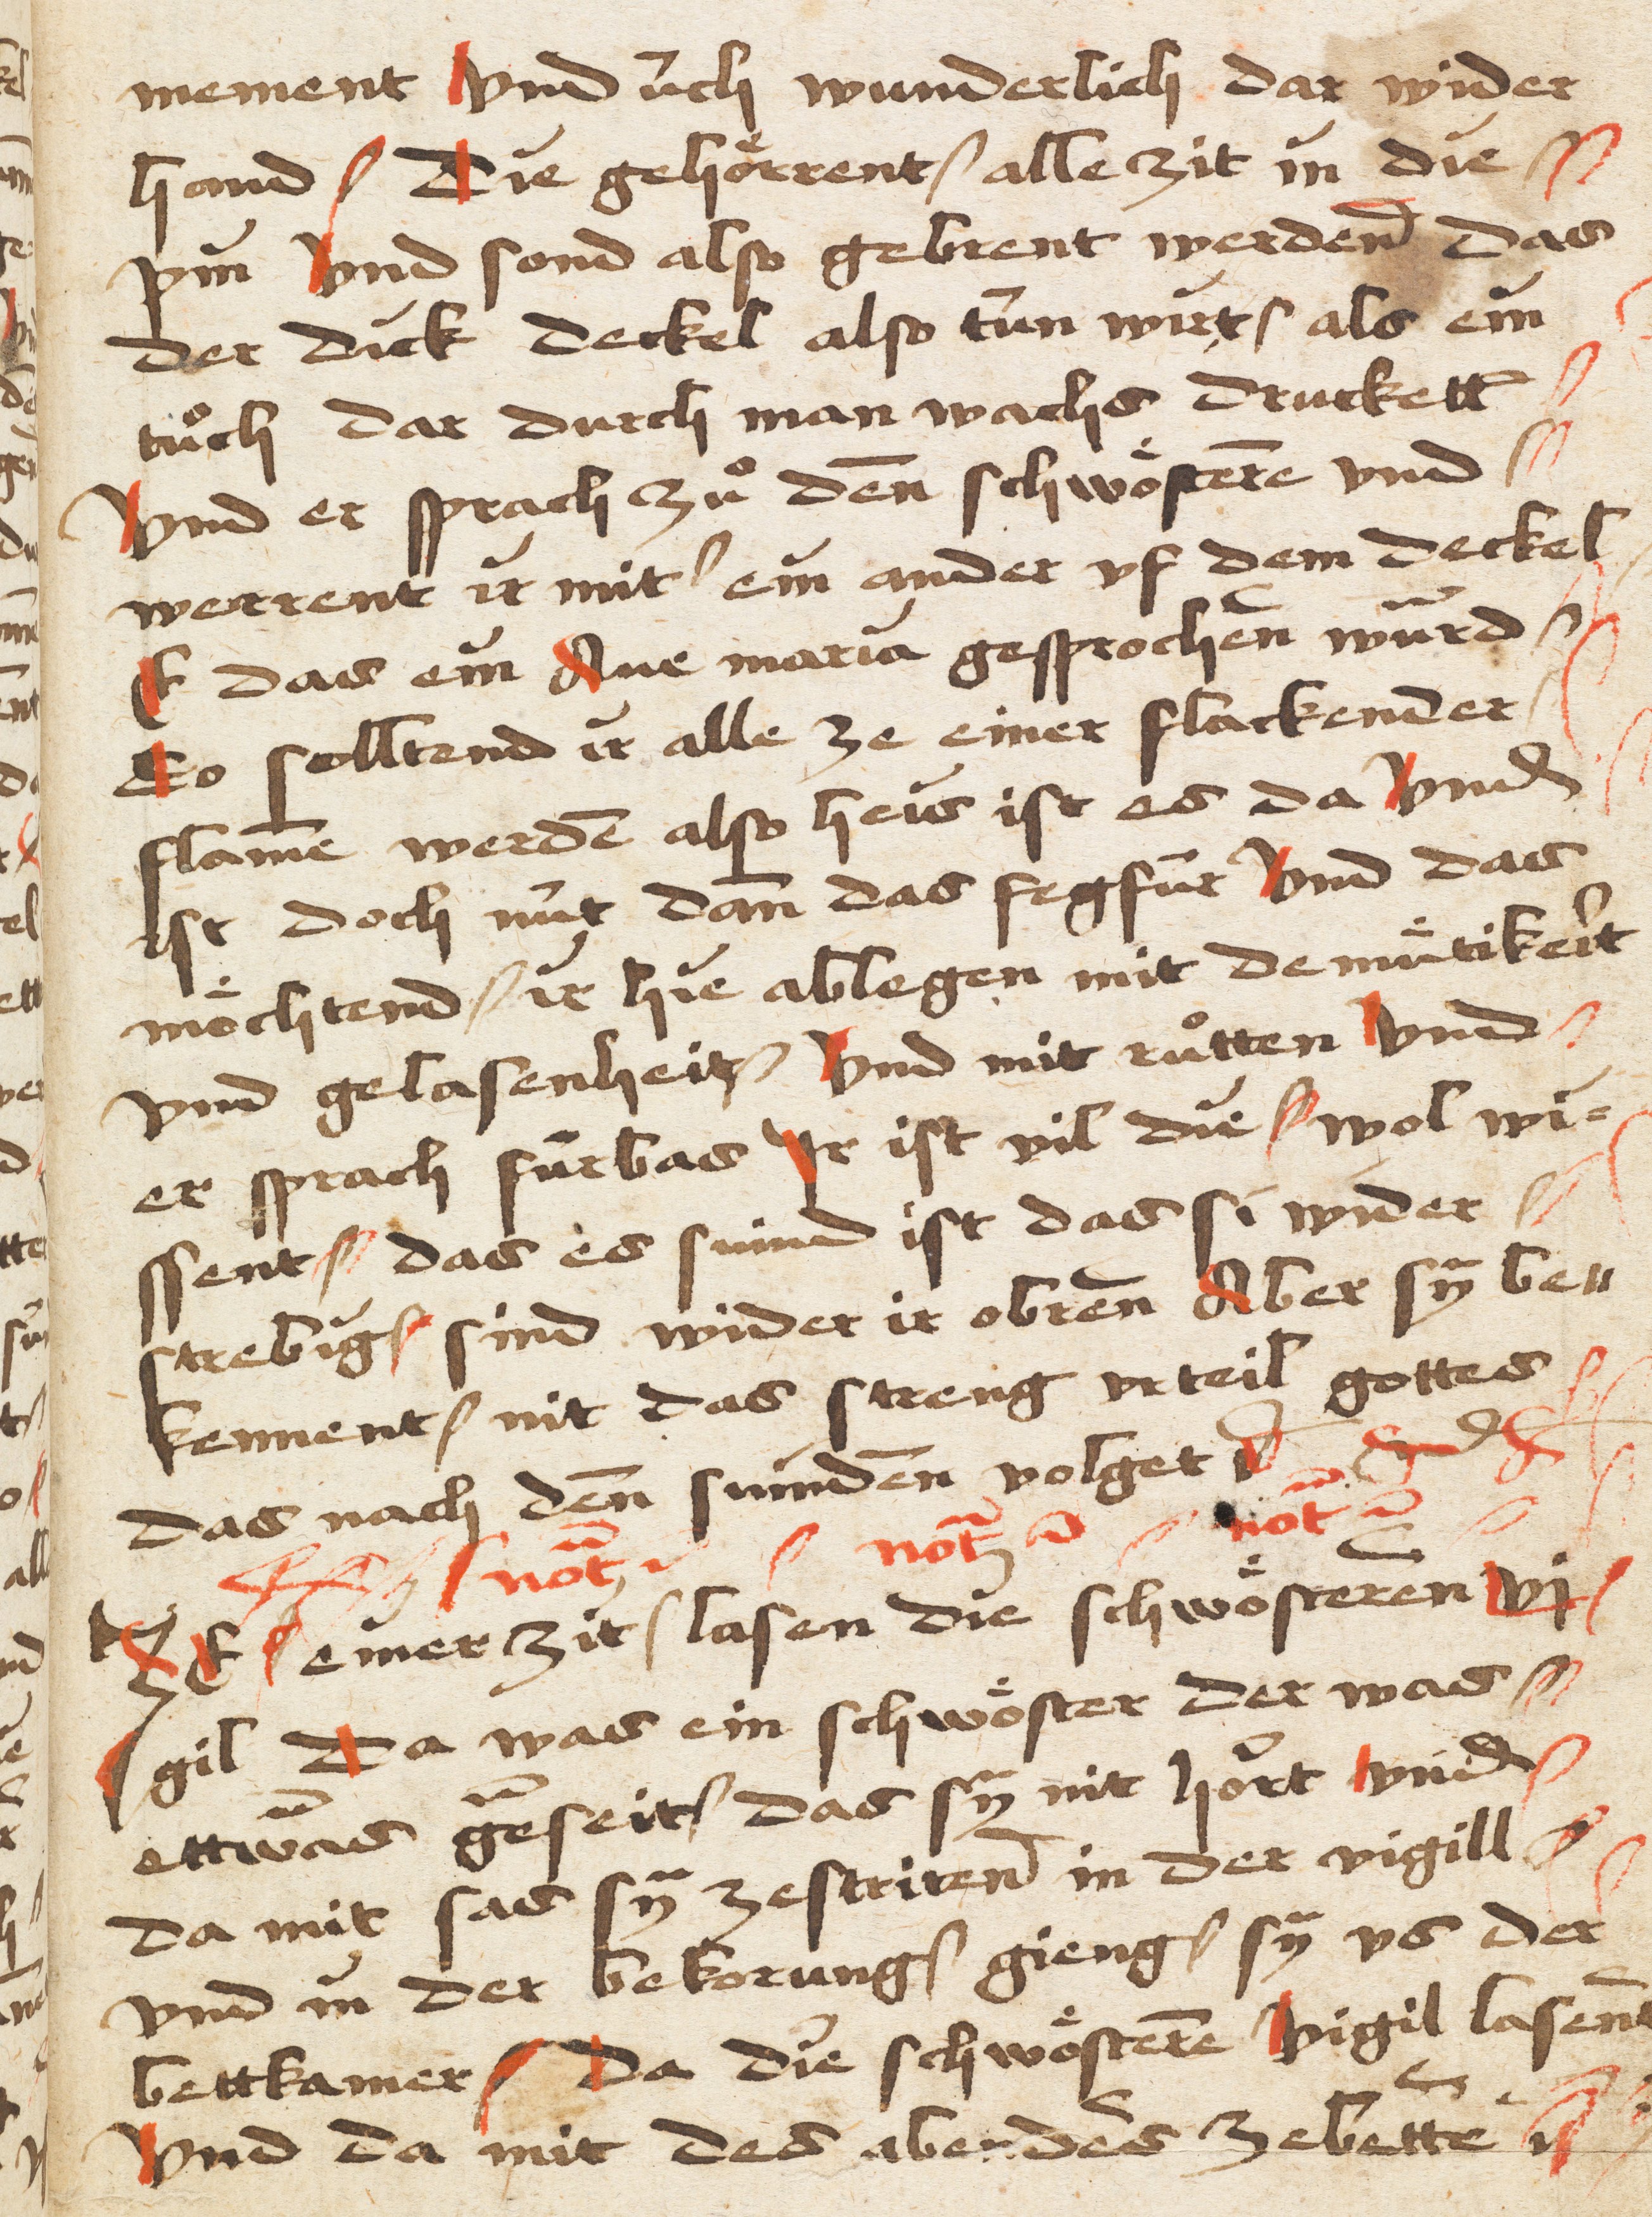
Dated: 1400–1499